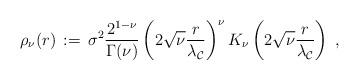
LaTeX: \begin{align*} \rho_\nu (r) \,:=\, \sigma^2 \frac{2^{1-\nu}}{\Gamma(\nu)} \left(2\sqrt{\nu} \frac{r}{\lambda_\mathcal{C}}\right)^\nu K_\nu\left(2\sqrt{\nu} \frac{r}{\lambda_\mathcal{C}} \right)\;,\end{align*}